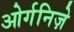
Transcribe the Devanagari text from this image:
ओर्गनिज़े